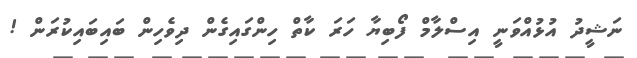
ނަޝީދު އުޅުއްވަނީ އިސްލާމް ފޯބިޔާ ހަރަ ކާތް ހިންގައިގެން ދިވެހިން ބައިބައިކުރަން !